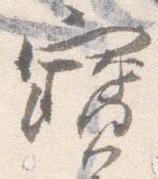
宝